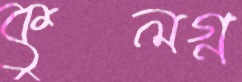
কুলগ্ন